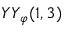
{ Y Y } _ { \varphi } ( 1 , 3 )